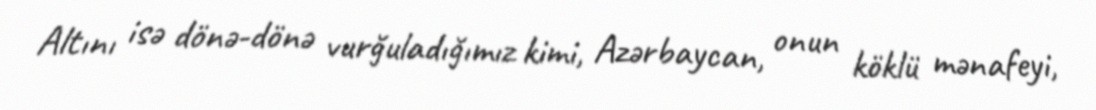
Altını isə dönə-dönə vurğuladığımız kimi, Azərbaycan, onun köklü mənafeyi,